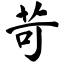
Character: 苛